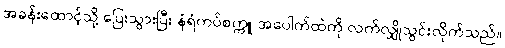
အခန်းထောင့်သို့ ပြေးသွားပြီး နံရံကပ်စက္ကူ အပေါက်ထဲကို လက်လျှိုသွင်းလိုက်သည်။